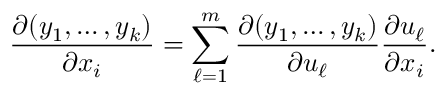
{ \frac { \partial ( y _ { 1 } , \ldots , y _ { k } ) } { \partial x _ { i } } } = \sum _ { \ell = 1 } ^ { m } { \frac { \partial ( y _ { 1 } , \ldots , y _ { k } ) } { \partial u _ { \ell } } } { \frac { \partial u _ { \ell } } { \partial x _ { i } } } .